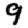
Digit: 9